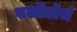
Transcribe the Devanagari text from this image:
बलोंटॉर्च